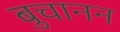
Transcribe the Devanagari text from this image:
बुचानन